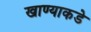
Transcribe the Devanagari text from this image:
खाण्याकडे